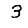
Digit: 3